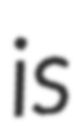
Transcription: is